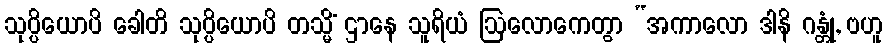
သုပ္ပိယောပိ ခေါတိ သုပ္ပိယောပိ တသ္မိံ ဌာနေ သူရိယံ ဩလောကေတွာ “အကာလော ဒါနိ ဂန္တုံ, ဗဟူ